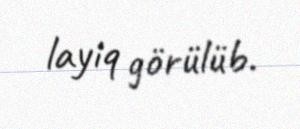
layiq görülüb.